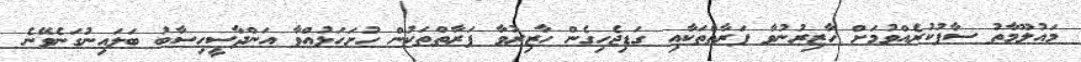
މައުލޫމާތު ސާފުކުރެއްވުމަށް ހާޒިރުނުވާ ފަރާތްތަކާއި ގަޑިޖެހިގެން ހާޒިރުވާ ފަރާތްތަކުން ހުށަހަޅުއްވާ އަންދާސީހިސާބު ބަލައިނުގަނެވޭނެ